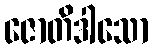
ဇောတိဒါသော